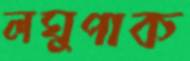
লঘুপাক